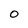
Character: O